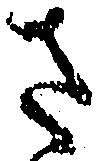
さ